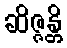
ဆိဇ္ဇန္တိ